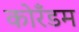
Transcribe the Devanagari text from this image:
कोरँडम